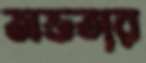
অভতার